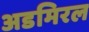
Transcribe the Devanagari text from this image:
अडमिरल